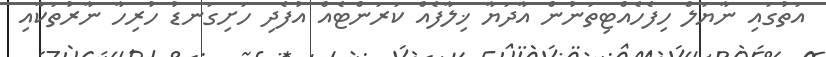
އަތުގައި ނާޔަލް ހިފެހެއްޓިތަނުން އާދަޔާ ޚިލާފެއް ކަރަންޓެއް އުފެދި ހަށިގަނޑު ހުރިހާ ނާރުތަކާއި